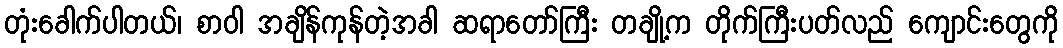
တုံးခေါက်ပါတယ်၊ စာဝါ အချိန်ကုန်တဲ့အခါ ဆရာတော်ကြီး တချို့က တိုက်ကြီးပတ်လည် ကျောင်းတွေကို